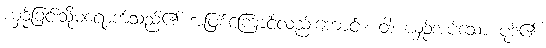
ယှဉ်ခြင်းသို့မရောက်သည်၏ အဖြစ်ကြောင့်လည်းကောင်း။ ဝါ၊ ယှဉ်အပ်သော ပုဒ်၏